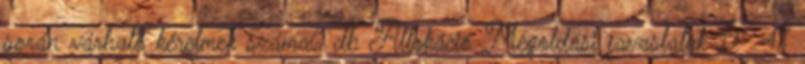
során várható kérelmek száma6 db Allokáció Megoldási javaslatok 19 47